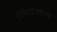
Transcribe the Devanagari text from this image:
निर्यमन